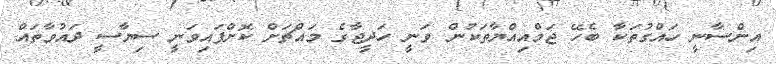
އިންސާނީ ހައްގުތަކާ ބެހޭ ޖަމްއިއްޔާތަކުން ވަނީ ހަދީޖާގެ މައްޗަށް ކޮށްފައިވަނީ ސިޔާސީ ދައުވާތައް